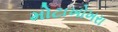
મોટાખોખરા